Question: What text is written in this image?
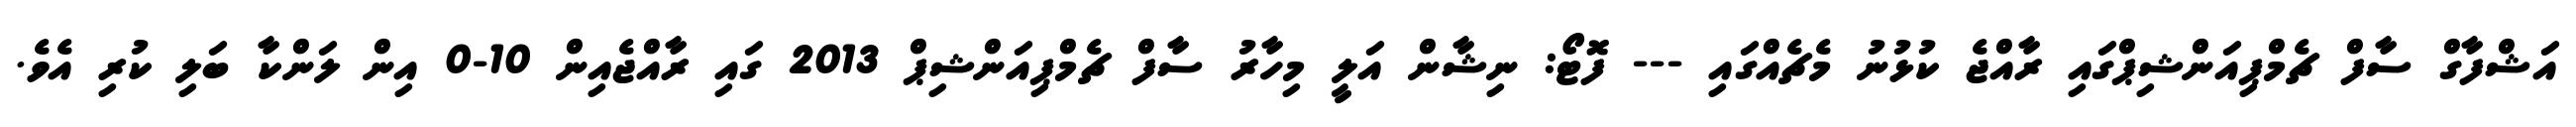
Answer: އަޝްފާގް ސާފް ޗެމްޕިއަންޝިޕްގައި ރާއްޖެ ކުޅުނު މެޗެއްގައި --- ފޮޓޯ: ނިޝާން އަލީ މިހާރު ސާފް ޗެމްޕިއަންޝިޕް 2013 ގައި ރާއްޖެއިން 10-0 އިން ލަންކާ ބަލި ކުރި އެވެ.